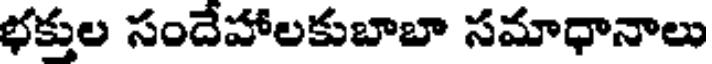
భక్తుల సందేహాలకుబాబా సమాధానాలు